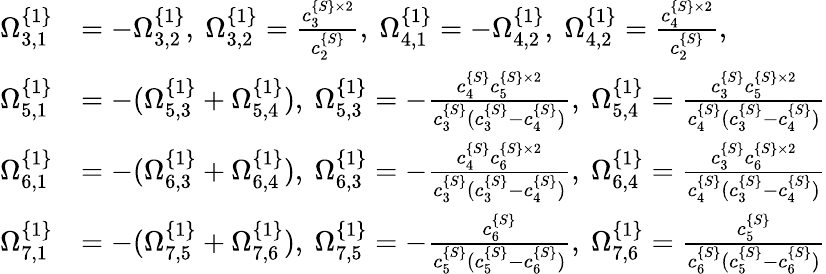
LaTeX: \begin{array}{rl}{\Omega_{3,1}^{\{ 1\} }}&{=-\Omega_{3,2}^{\{ 1\} },\ \Omega_{3,2}^{\{ 1\} }=\frac{c_{3}^{\{ S\} \times 2}}{c_{2}^{\{ S\} }},\ \Omega_{4,1}^{\{ 1\} }=-\Omega_{4,2}^{\{ 1\} },\ \Omega_{4,2}^{\{ 1\} }=\frac{c_{4}^{\{ S\} \times 2}}{c_{2}^{\{ S\} }},}\\ {\Omega_{5,1}^{\{ 1\} }}&{=-(\Omega_{5,3}^{\{ 1\} }+\Omega_{5,4}^{\{ 1\} }),\ \Omega_{5,3}^{\{ 1\} }=-\frac{c_{4}^{\{ S\} }c_{5}^{\{ S\} \times 2}}{c_{3}^{\{ S\} }(c_{3}^{\{ S\} }-c_{4}^{\{ S\} })},\ \Omega_{5,4}^{\{ 1\} }=\frac{c_{3}^{\{ S\} }c_{5}^{\{ S\} \times 2}}{c_{4}^{\{ S\} }(c_{3}^{\{ S\} }-c_{4}^{\{ S\} })}}\\ {\Omega_{6,1}^{\{ 1\} }}&{=-(\Omega_{6,3}^{\{ 1\} }+\Omega_{6,4}^{\{ 1\} }),\ \Omega_{6,3}^{\{ 1\} }=-\frac{c_{4}^{\{ S\} }c_{6}^{\{ S\} \times 2}}{c_{3}^{\{ S\} }(c_{3}^{\{ S\} }-c_{4}^{\{ S\} })},\ \Omega_{6,4}^{\{ 1\} }=\frac{c_{3}^{\{ S\} }c_{6}^{\{ S\} \times 2}}{c_{4}^{\{ S\} }(c_{3}^{\{ S\} }-c_{4}^{\{ S\} })}}\\ {\Omega_{7,1}^{\{ 1\} }}&{=-(\Omega_{7,5}^{\{ 1\} }+\Omega_{7,6}^{\{ 1\} }),\ \Omega_{7,5}^{\{ 1\} }=-\frac{c_{6}^{\{ S\} }}{c_{5}^{\{ S\} }(c_{5}^{\{ S\} }-c_{6}^{\{ S\} })},\ \Omega_{7,6}^{\{ 1\} }=\frac{c_{5}^{\{ S\} }}{c_{6}^{\{ S\} }(c_{5}^{\{ S\} }-c_{6}^{\{ S\} })}}\end{array}